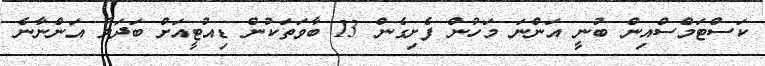
ކަސްޓަމްސްއިން ބުނީ އަންނަ މަހުން ފެށިގެން 13 ބާވަތަަކުން ޑިއުޓީއަށް ބަދަލު އަންނާނެ